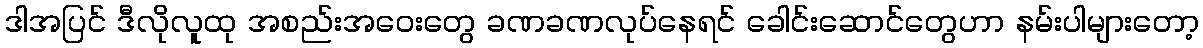
ဒါအပြင် ဒီလိုလူထု အစည်းအဝေးတွေ ခဏခဏလုပ်နေရင် ခေါင်းဆောင်တွေဟာ နမ်းပါများတော့